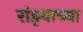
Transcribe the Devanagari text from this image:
रांझ्याच्या